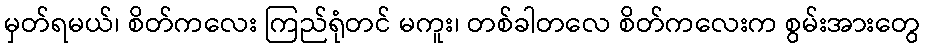
မှတ်ရမယ်၊ စိတ်ကလေး ကြည်ရုံတင် မကူး၊ တစ်ခါတလေ စိတ်ကလေးက စွမ်းအားတွေ